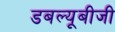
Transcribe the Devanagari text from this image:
डबल्यूबीजी